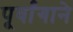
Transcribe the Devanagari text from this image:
पूर्वांगाने